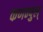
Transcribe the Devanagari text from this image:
कणम्पुल्